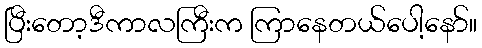
ပြီးတော့ဒီကာလကြီးက ကြာနေတယ်ပေါ့နော်။